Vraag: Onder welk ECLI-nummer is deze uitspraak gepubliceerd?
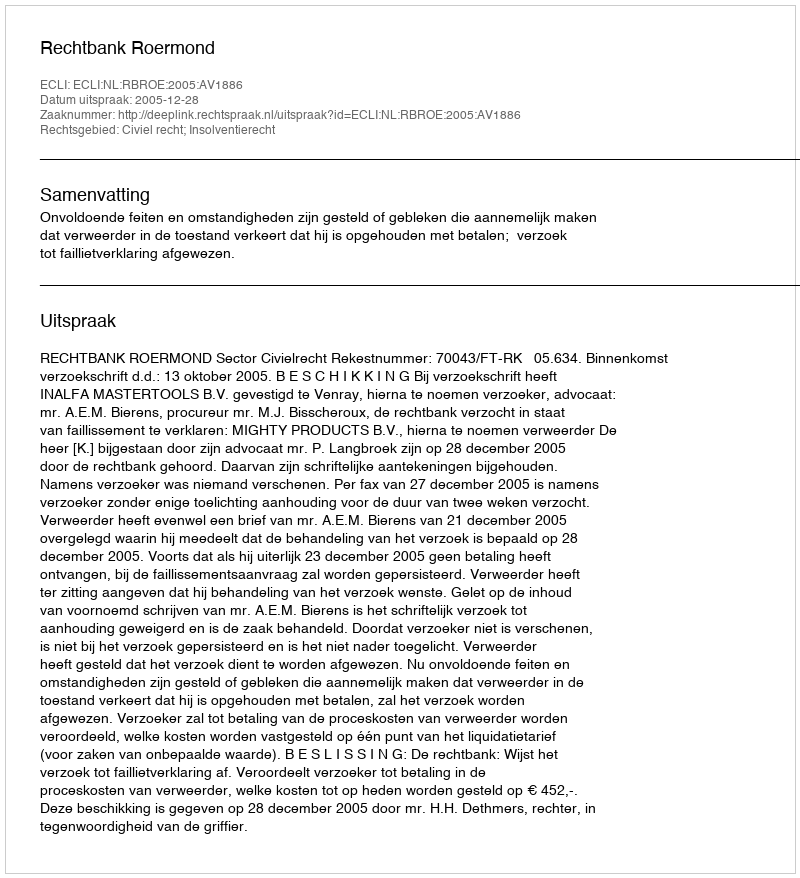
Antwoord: ECLI:NL:RBROE:2005:AV1886